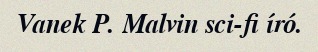
Vanek P. Malvin sci-fi író.